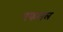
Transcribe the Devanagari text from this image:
पफसल